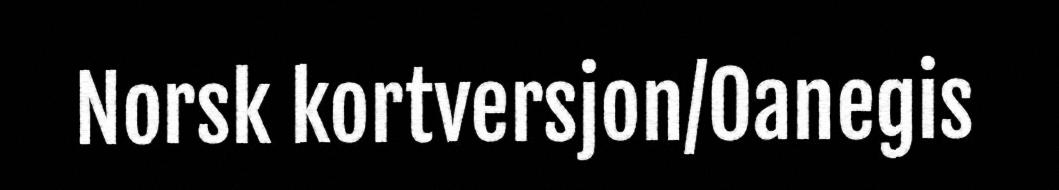
Norsk kortversjon/Oanegis